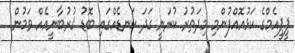
ޕީޕީއެމްގެ ކަޅުއޮއްފުންމި މިދަތުރު ކުރަނީ ގަދަ ކަނޑެއްގައި ބޮޑު ޤުރުބާނީއެއް ވަމުން